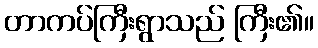
တာကပ်ကြီးရွာသည် ကြီး၏။